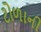
ટોળાની